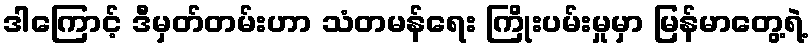
ဒါကြောင့် ဒီမှတ်တမ်းဟာ သံတမန်ရေး ကြိုးပမ်းမှုမှာ မြန်မာတွေ့ရဲ့